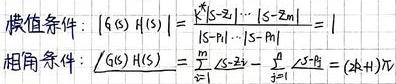
模值条件: \( |G(s)H(s)|=\left|\frac{(s - z_1)\cdots(s - z_m)}{(s - p_1)\cdots(s - p_n)}\right| = 1 \)
相角条件: \( \angle G(s)H(s)=\sum_{i = 1}^{m}\angle(s - z_i)-\sum_{j = 1}^{n}\angle(s - p_j)=(2k + 1)\pi \)